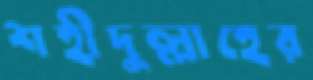
শহীদুল্লাহের